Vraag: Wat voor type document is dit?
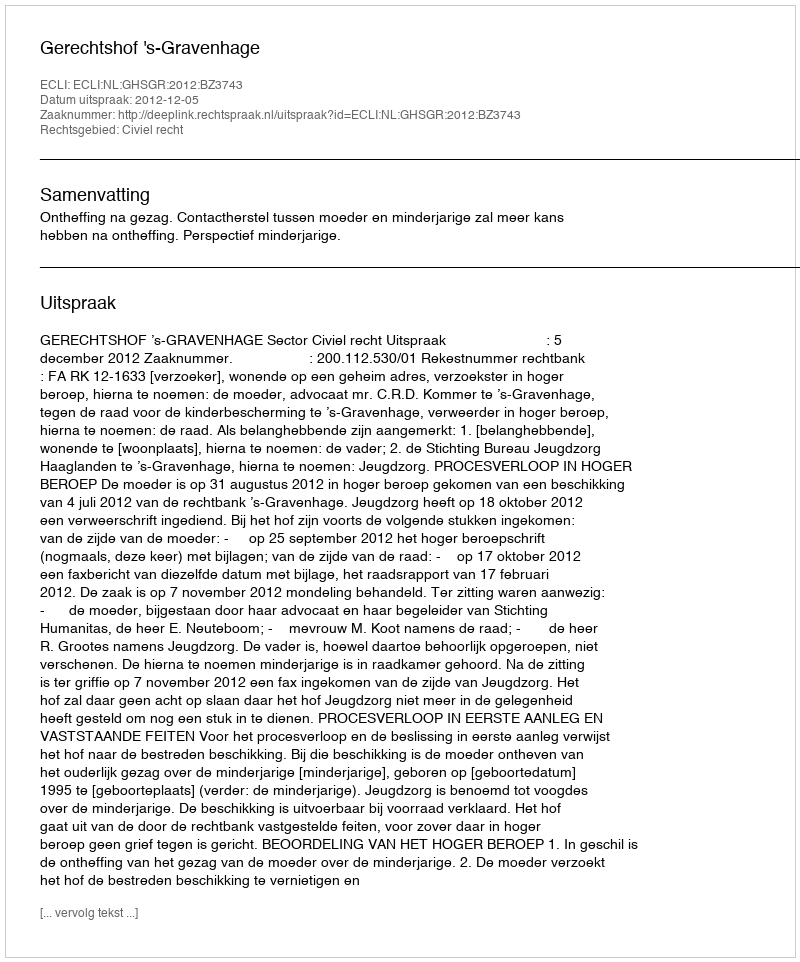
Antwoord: Uitspraak